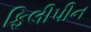
ફિલીપીન